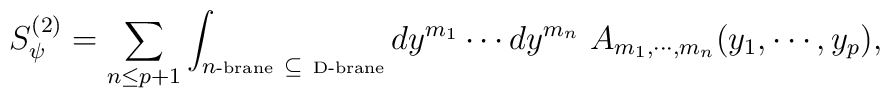
S^{(2)}_{\psi} = \sum_{ n \leq p+1 } \int_{n\mbox{\tiny-brane} ~\subseteq ~\mbox{\tiny D-brane}} dy^{m_{1}} \cdots dy^{m_{n}}~A_{m_{1}, \cdots, m_{n}} (y_{1}, \cdots, y_{p}),